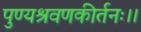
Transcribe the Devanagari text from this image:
पुण्यश्रवणकीर्तनः।।